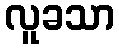
လူခသာ